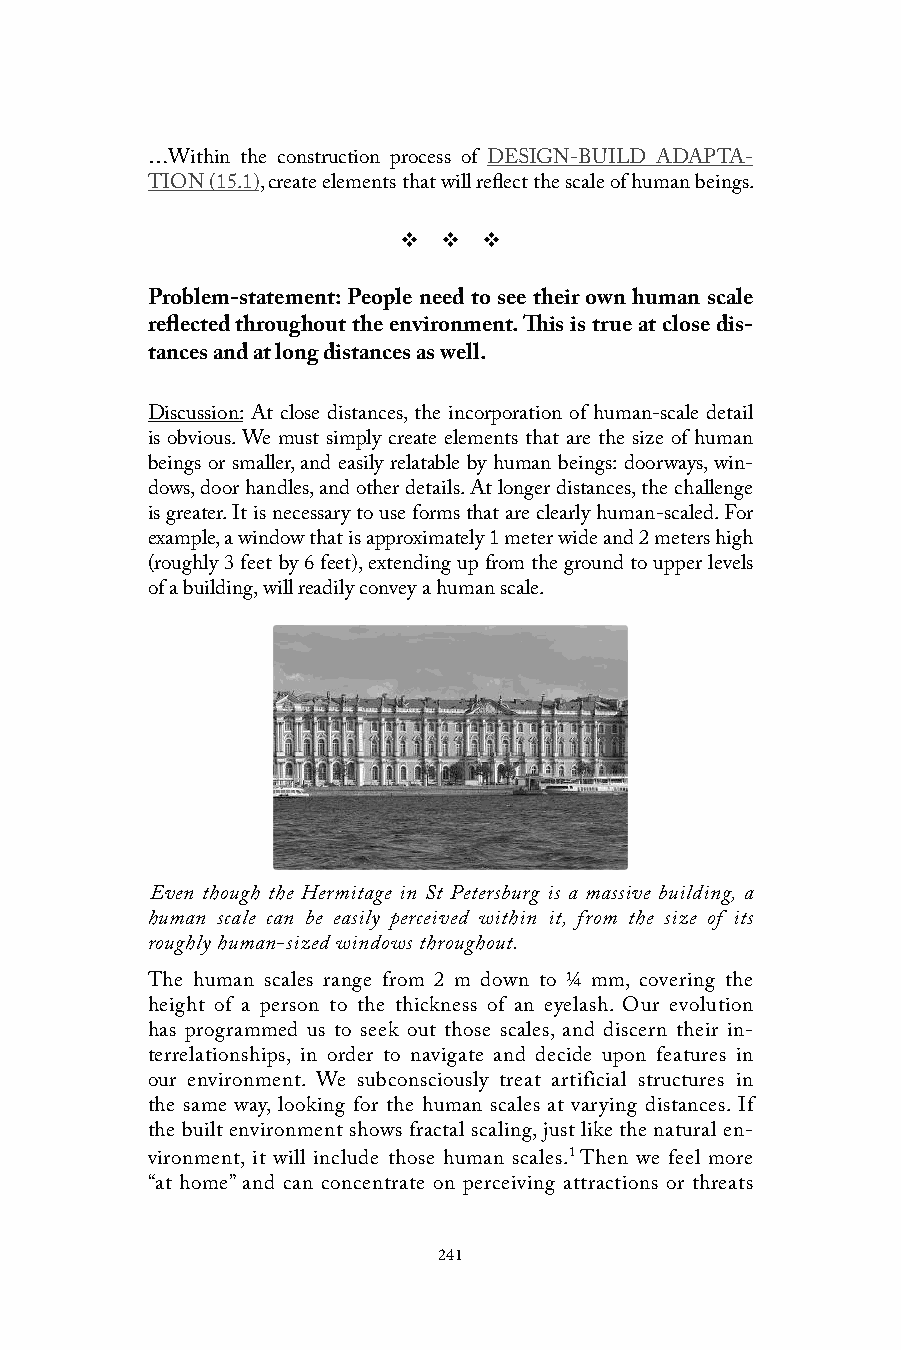
…Within the construction process of DESIGN-BUILD ADAPTA-
 TION (15.1), create elements that will reflect the scale of human beings.
 v  v  v
 Problem-statement: People need to see their own human scale
 reflected throughout the environment. This is true at close dis-
 tances and at long distances as well.
 Discussion: At close distances, the incorporation of human-scale detail
 is obvious. We must simply create elements that are the size of human
 beings or smaller, and easily relatable by human beings: doorways, win-
 dows, door handles, and other details. At longer distances, the challenge
 is greater. It is necessary to use forms that are clearly human-scaled. For
 example, a window that is approximately 1 meter wide and 2 meters high
 (roughly 3 feet by 6 feet), extending up from the ground to upper levels
 of a building, will readily convey a human scale.
 Even though the Hermitage in St Petersburg is a massive building, a
 human scale can be easily perceived within it, from the size of its
 roughly human-sized windows throughout.
 The human scales range from 2 m down to ¼ mm, covering the
 height of a person to the thickness of an eyelash. Our evolution
 has programmed us to seek out those scales, and discern their in-
 terrelationships, in order to navigate and decide upon features in
 our environment. We subconsciously treat artificial structures in
 the same way, looking for the human scales at varying distances. If
 the built environment shows fractal scaling, just like the natural en-
 vironment, it will include those human scales.1 Then we feel more
 “at home” and can concentrate on perceiving attractions or threats
 241